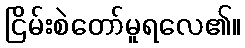
ငြိမ်းစဲတော်မူရလေ၏။